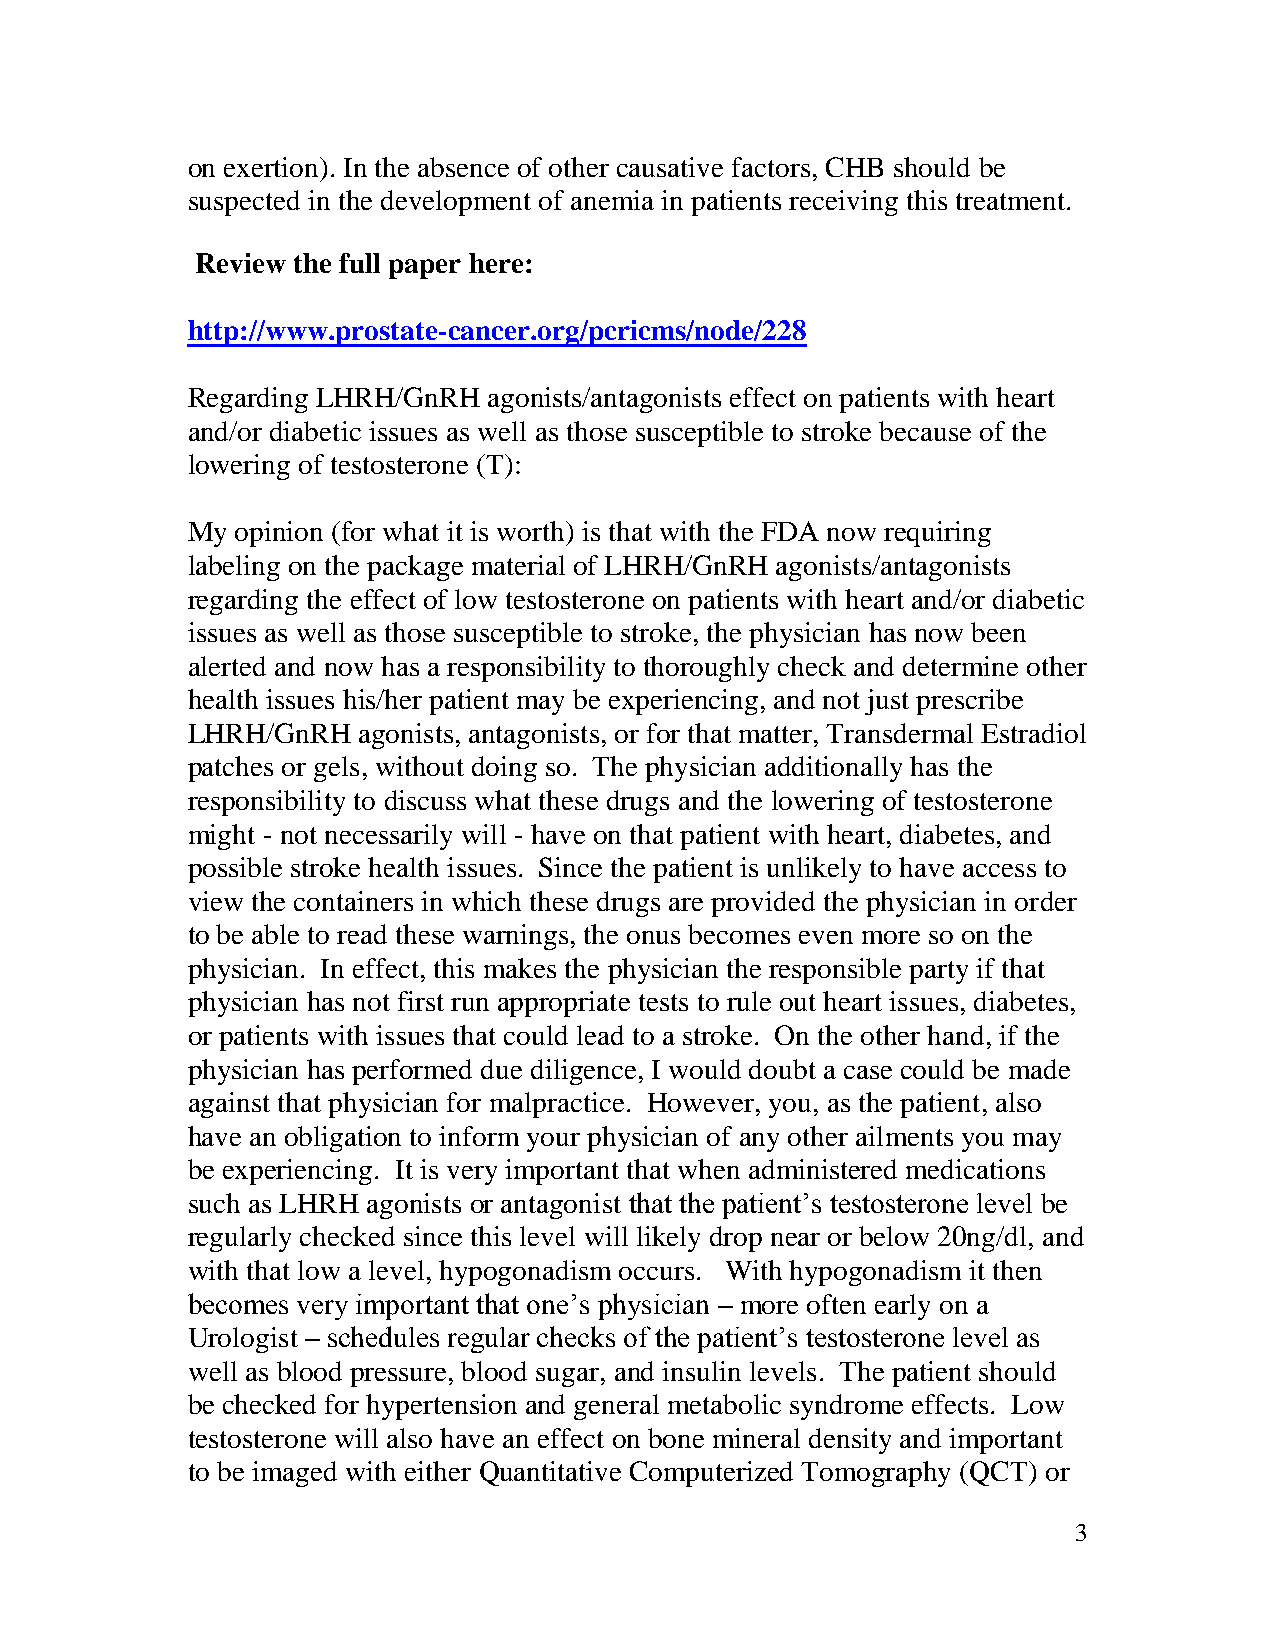
on exertion). In the absence of other causative factors, CHB should be
 suspected in the development of anemia in patients receiving this treatment.
 Review the full paper here:
 http://www.prostate-cancer.org/pcricms/node/228
 Regarding LHRH/GnRH agonists/antagonists effect on patients with heart
 and/or diabetic issues as well as those susceptible to stroke because of the
 lowering of testosterone (T):
 My  opinion (for what it is worth) is that with the FDA now requiring
 labeling on the package material of LHRH/GnRH agonists/antagonists
 regarding the effect of low testosterone on patients with heart and/or diabetic
 issues as well as those susceptible to stroke, the physician has now been
 alerted and now has a responsibility to thoroughly check and determine other
 health issues his/her patient may be experiencing, and not just prescribe
 LHRH/GnRH   agonists, antagonists, or for that matter, Transdermal Estradiol
 patches or gels, without doing so. The physician additionally has the
 responsibility to discuss what these drugs and the lowering of testosterone
 might - not necessarily will - have on that patient with heart, diabetes, and
 possible stroke health issues. Since the patient is unlikely to have access to
 view the containers in which these drugs are provided the physician in order
 to be able to read these warnings, the onus becomes even more so on the
 physician. In effect, this makes the physician the responsible party if that
 physician has not first run appropriate tests to rule out heart issues, diabetes,
 or patients with issues that could lead to a stroke. On the other hand, if the
 physician has performed due diligence, I would doubt a case could be made
 against that physician for malpractice. However, you, as the patient, also
 have an obligation to inform your physician of any other ailments you may
 be experiencing. It is very important that when administered medications
 such as LHRH agonists or antagonist that the patient’s testosterone level be
 regularly checked since this level will likely drop near or below 20ng/dl, and
 with that low a level, hypogonadism occurs. With hypogonadism it then
 becomes very important that one’s physician – more often early on a
 Urologist – schedules regular checks of the patient’s testosterone level as
 well as blood pressure, blood sugar, and insulin levels. The patient should
 be checked for hypertension and general metabolic syndrome effects. Low
 testosterone will also have an effect on bone mineral density and important
 to be imaged with either Quantitative Computerized Tomography (QCT) or
 3